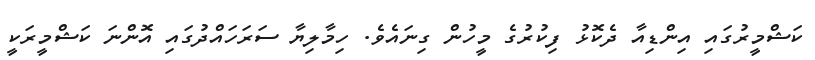
ކަޝްމީރުގައި އިންޑިއާ ދެކޮޅު ފިކުރުގެ މީހުން ގިނައެވެ. ހިމާލިޔާ ސަރަހައްދުގައި އޮންނަ ކަޝްމީރަކީ